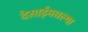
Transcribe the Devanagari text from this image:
देसाईंमधल्या